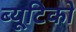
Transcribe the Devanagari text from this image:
ब्यूटिको